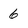
Character: 6